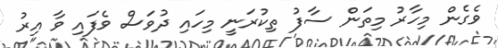
ވެގެން މިހާރު މިތަން ސާފު ތިކުރަނީ މިހައި ދުވަސް ވެފައި ވާ އިރު